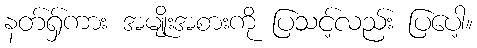
နတ်ရှ်ကား အမျိုးအစားကို ပြသင့်လည်း ပြပေါ့။